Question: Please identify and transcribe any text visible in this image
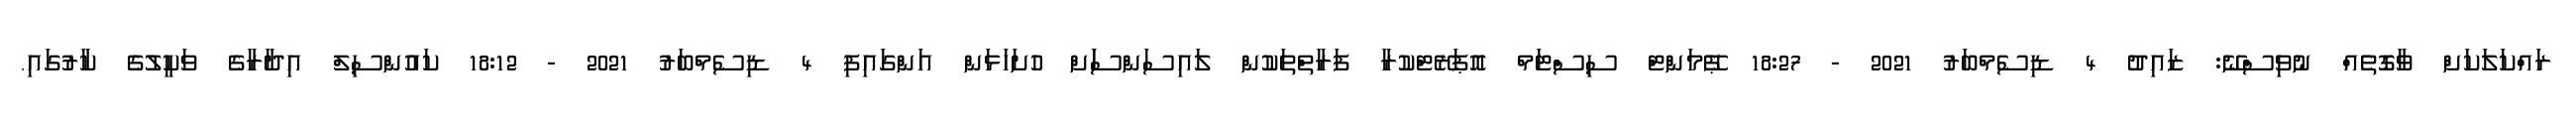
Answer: ރައްކަލަކަށް ވާގޮތެއް ނުވިސްނޭ: ޒައިދު 4 ޑިސެމްބަރު 2021 - 18:27 ޕޭމަންޓް ސިސްޓަމް އޮޕަރޭޓްކުރާ ފަރާތްތަކުން ލައިސަންސަަށް ހުށަހަޅަން އަންގައިފި 4 ޑިސެމްބަރު 2021 - 18:12 ކައުންސިލް އިދާރާގެ ވަކީލުގެ ކާރުގައި.